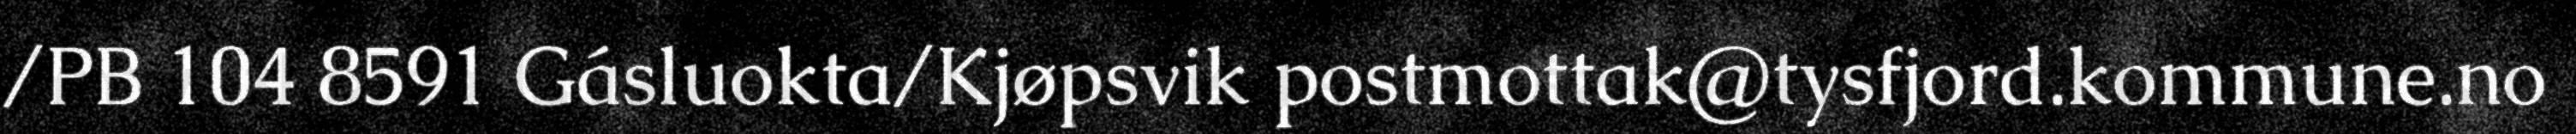
/PB 104 8591 Gásluokta/Kjøpsvik postmottak@tysfjord.kommune.no